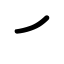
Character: ㇀